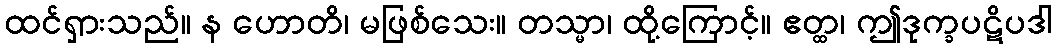
ထင်ရှားသည်။ န ဟောတိ၊ မဖြစ်သေး။ တသ္မာ၊ ထို့ကြောင့်။ ဧတ္ထ၊ ဤဒုက္ခပဋိပဒါ